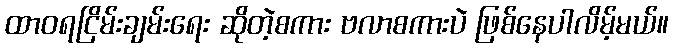
ထာဝရငြိမ်းချမ်းရေး ဆိုတဲ့စကား ဗလာစကားပဲ ဖြစ်နေပါလိမ့်မယ်။